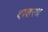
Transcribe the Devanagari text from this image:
दाशरथ